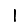
Digit: 1